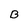
Character: B